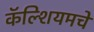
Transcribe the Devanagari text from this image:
कॅल्शियमचे